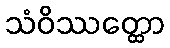
သံဝိဿတ္ထော